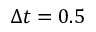
\Delta t = 0 . 5